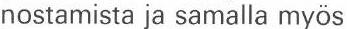
nostamista ja samalla myös